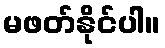
မဖတ်နိုင်ပါ။